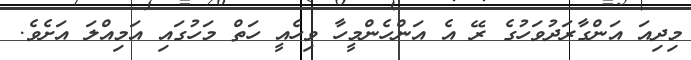
މިދިއަ އަންގާރަދުވަހުގެ ރޭ އެ އަންހެންމީހާ ވިހެއީ ހަތް މަހުގައި އަމިއްލަ އަށެވެ.